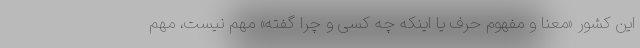
این کشور «معنا و مفهوم حرف یا اینکه چه کسی و چرا گفته» مهم نیست، مهم